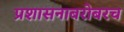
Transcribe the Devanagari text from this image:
प्रशासनाबरोबरच